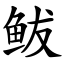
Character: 鲅